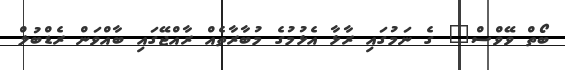
ބޯތް ވޭވްސް" ގެ ނަމުގައި ރާޅާ އެޅުމުގެ މުބާރާތެއް ރާއްޖޭގައި ބާއްވަން ރެޑްބުލް